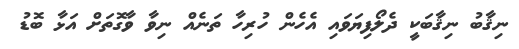
ނިޤާބު ނިޤާބަކީ ދެލޯފިޔަވައި އެހެން ހުރިހާ ތަނެއް ނިވާ ވާގޮތަށް އަޅާ ބޮޑު